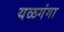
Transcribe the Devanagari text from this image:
यळगंगा